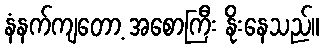
နံနက်ကျတော့ အစောကြီး နိုးနေသည်။